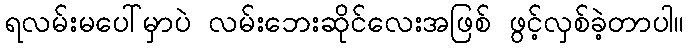
ရလမ်းမပေါ်မှာပဲ လမ်းဘေးဆိုင်လေးအဖြစ် ဖွင့်လှစ်ခဲ့တာပါ။